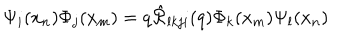
\Psi _ { i } ( x _ { n } ) \Phi _ { j } ( x _ { m } ) = q \hat { { \cal R } } _ { l k j i } ( q ) \Phi _ { k } ( x _ { m } ) \Psi _ { l } ( x _ { n } )